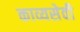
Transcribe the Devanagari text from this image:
काव्यसेवी